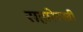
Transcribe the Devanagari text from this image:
सहारेरखी